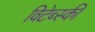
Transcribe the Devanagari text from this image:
विटेब्स्की